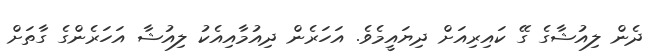
ދެން ލިއުޝާގެ ގޭ ކައިރިއަށް ދިޔައީމެވެ. އަހަރެން ދިއުމާއިއެކު ލިއުޝާ އަހަރެންގެ ގާތަށް